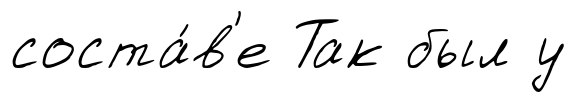
соста́в'е Так был у